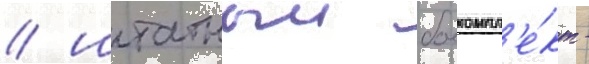
/ штатныи боекомпл'е́кт -